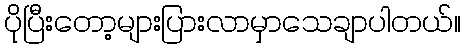
ပိုပြီးတော့များပြားလာမှာသေချာပါတယ်။